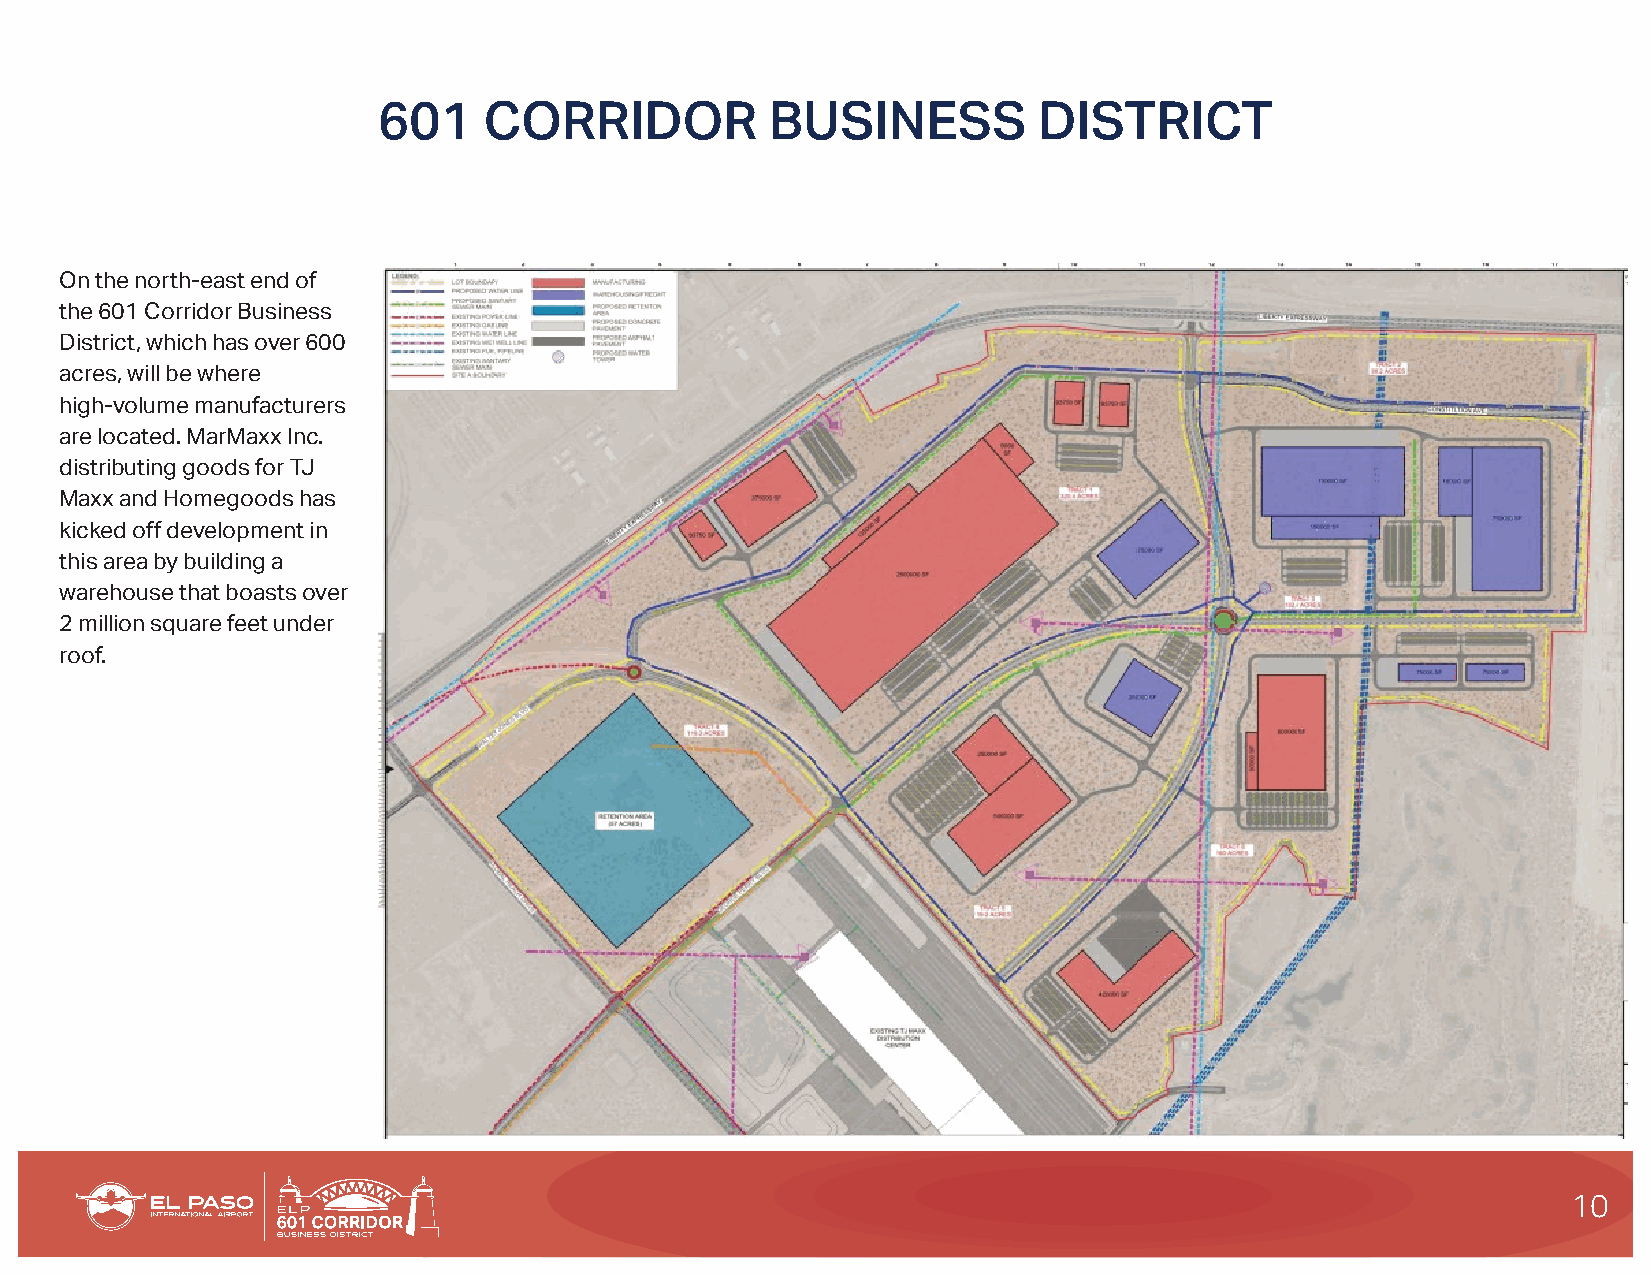
601    CORRIDOR           BUSINESS          DISTRICT
 On the north-east end of
 the 601 Corridor Business
 District, which has over 600
 acres, will be where
 high-volume manufacturers
 are located. MarMaxx Inc.
 distributing goods for TJ
 Maxx and Homegoods has
 kicked off development in
 this area by building a
 warehouse that boasts over
 2 million square feet under
 roof.
 10